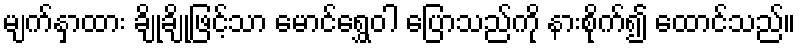
မျက်နှာထား ချိုချိုဖြင့်သာ မောင်ရွှေဝါ ပြောသည်ကို နားစိုက်၍ ထောင်သည်။